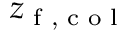
z _ { \textrm { f , c o l } }